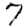
Digit: 7